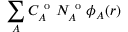
\sum _ { A } C _ { A } ^ { \mathrm { ~ o ~ } } N _ { A } ^ { \mathrm { ~ o ~ } } \phi _ { A } ( \boldsymbol { r } )